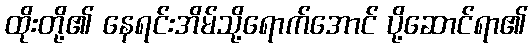
ထိုးတို့၏ နေရင်းအိမ်သို့ရောက်အောင် ပို့ဆောင်ရာ၏